Papers set at the Examination for Leaving Certificates, 1889
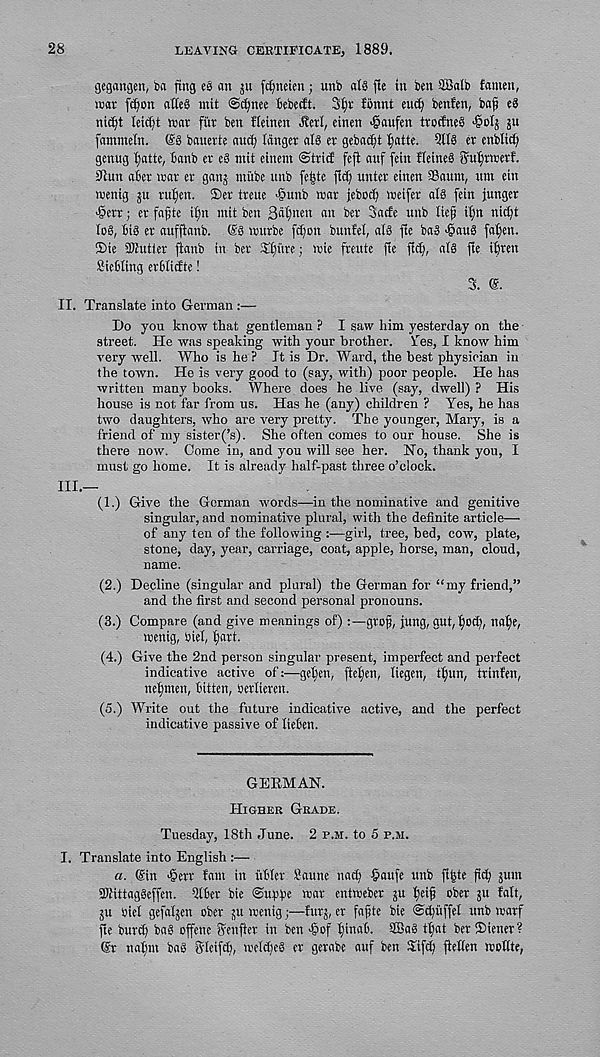
28
LEAVING CERTIFICATEj 1889.
gegangen, bn ftng es nn ju fcfyneien; unb alS fie in ben 5BaIb fninen,
mar fdfon atteS mit ©c^nee bebecft. 3£)r Jbnnt eud^ benfen, ba^ eg
nii^t leidft war fur ben Heinen Jleri, einen >§aufett trocfneg
JU
fnmmeln. (£g bnuerte auc^ langer nig er gebadft |)atte. QilS er cnblid;
genug fjatte, Banb er eg nut einem ©trid fefi auf fein fletneg guf)rn;ert.
^lun aber war er gang ntiibe unb fe|te flcf; unter einen SBaum, urn ein
wentg ju ruijen. ©er treue -gunb wnr jeboc^ wetfer nig fein junger
>§err; er fa^te if)n mit ben 3ai)nen an ber Sacfe unb liejj i^n ni(^t
log, big er auffianb. (Ig wurbe fdfon bunfel, alg fte bag >@aug fatten,
©ie 3Butter flanb in ber ©tfi'tre; roie frmte fte fid), atg fie iiiren
Siebling erbiitfte!
3. ©.
II. Translate into German :—
Do you know that gentleman ? I saw him yesterday on the
street. He was speaking with your brother. lies, I know him
very well. Who is he ? It is Dr. Ward, the best physician in
the town. He is very good to (say, with) poor people. He has
written many books. Where does he live (say, dwell) ? His
house is not far from us. Has he (any) children ? Yes, he has
two daughters, who are very pretty. The younger, Mary, is a
friend of my sister(’s). She often comes to our house. She is
there now. Come in, and you will see her. No, thank you, I
must go home. It is already half-past three o’clock.
III.—
(1.) Give the German -words—in the nominative and genitive
singular, and nominative plural, with the definite article—
of any ten of the following :—girl, tree, bed, cow, plate,
stone, day, year, carriage, coat, apple, horse, man, cloud,
name.
(2.) Decline (singular and plural) the German for “my friend,”
and the first and second personal pronouns.
(3.) Compare (and give meanings of)
gtofj, fung, gut,f)od), naf)e,
wenig, biel, t)art.
(4.) Give the 2nd person singular present, imperfect and perfect
indicative active of:—gelfen, ftet)en, liegen, ttjun, trinfen,
nefmten, bitten, berlieren.
(5.) Write out the future indicative active, and the perfect
indicative passive of Heben.
GERMAN.
HIGHER GRADE.
Tuesday, 18th June. 2 P.M. to 5 P.M.
I. Translate into English :—
a. (Sin ^err fant in tibler Saune nad) §aufe unb flfete ftcl) jum
SKittaggeffen. Qlber bie ©upf'e wav entweber ju tjeijj ober §u fait,
ju biel gefaljen ober 511 wenig;—furj, er fafjte bie ©tyuffel unb rearf
fte burd) bag offenc ffenfler in ben >§Df fjinab. 3Bag tfjat ber ©iener?
®r nalim bag Sleifd), weld)eg er gerabe auf ben 3iifd; fiellen wollte,